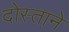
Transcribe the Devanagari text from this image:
दोस्ताने